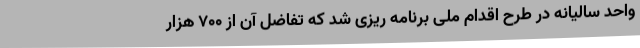
واحد سالیانه در طرح اقدام ملی برنامه ریزی شد که تفاضل آن از ۷۰۰ هزار